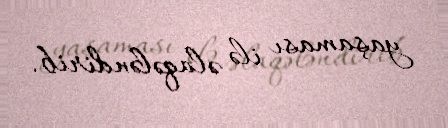
yaşaması ilə əlaqələndirib.